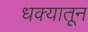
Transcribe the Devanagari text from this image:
धक्यातून